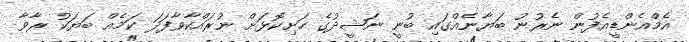
އެމްއެންޑީއެފުން ނެރުނު ބަޔާނެއްގައި ބުނީ ނަޝީދުގެ ހަށިކޮޅަށް ނުރައްކާވާފަދަ ކަމެއް ބަޔަކު ރާވާ